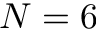
N = 6